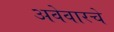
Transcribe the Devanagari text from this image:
अवेवारचे